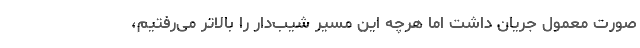
صورت معمول جریان داشت اما هرچه این مسیر شیب‌دار را بالاتر می‌رفتیم،